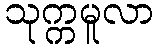
သုက္ကမူလာ